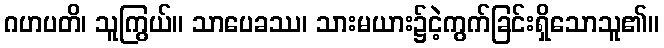
ဂဟပတိ၊ သူကြွယ်။ သာပေခဿ၊ သားမယား၌ငဲ့ကွက်ခြင်းရှိသောသူ၏။